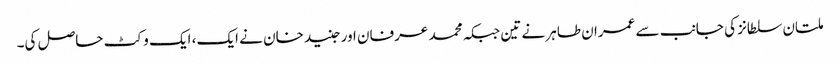
ملتان سلطانز کی جانب سے عمران طاہر نے تین جبکہ محمد عرفان اور جنید خان نے ایک، ایک وکٹ حاصل کی۔